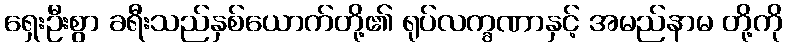
ရှေးဦးစွာ ခရီးသည်နှစ်ယောက်တို့၏ ရုပ်လက္ခဏာနှင့် အမည်နာမ တို့ကို